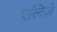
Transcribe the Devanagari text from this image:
एलिज़े